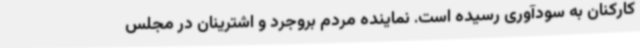
کارکنان به سودآوری رسیده است. نماینده مردم بروجرد و اشترینان در مجلس